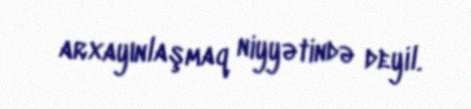
arxayınlaşmaq niyyətində deyil.